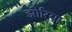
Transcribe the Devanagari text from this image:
झीरिया